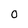
Character: o